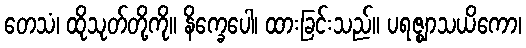
တေသံ၊ ထိုသုတ်တို့ကို။ နိက္ခေပေါ၊ ထားခြင်းသည်။ ပရဇ္ဈာသယိကော၊